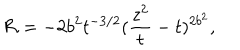
{ \cal R } = - 2 b ^ { 2 } t ^ { - 3 / 2 } ( \frac { z ^ { 2 } } { t } - t ) ^ { 2 b ^ { 2 } } ,